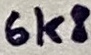
Text: 6k8